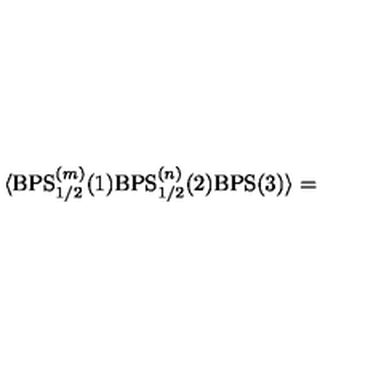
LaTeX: \langle \mathrm { B P S } _ { 1 / 2 } ^ { ( m ) } ( 1 ) \mathrm { B P S } _ { 1 / 2 } ^ { ( n ) } ( 2 ) \mathrm { B P S } ( 3 ) \rangle =